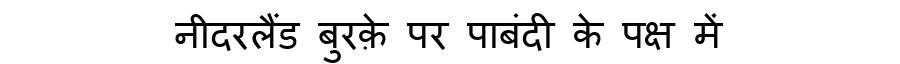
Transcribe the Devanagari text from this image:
नीदरलैंड बुरक़े पर पाबंदी के पक्ष में